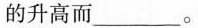
的升高而___。